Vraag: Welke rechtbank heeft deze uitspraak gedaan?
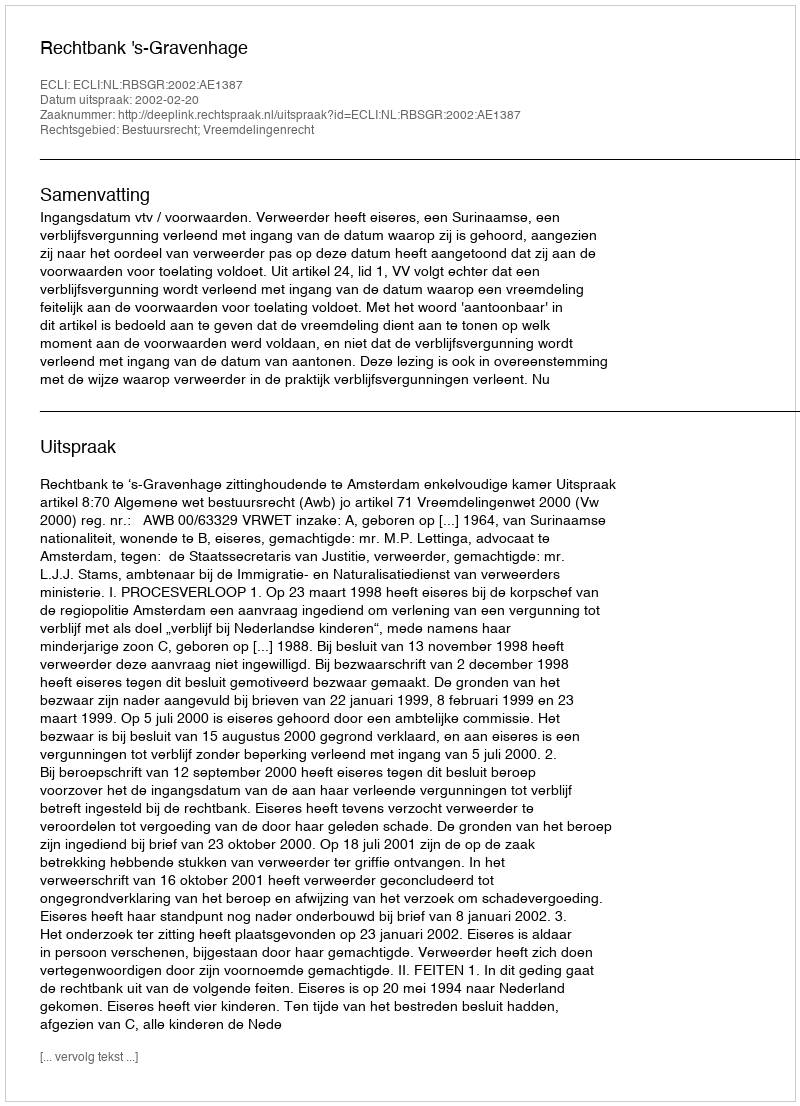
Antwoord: Rechtbank 's-Gravenhage